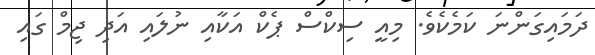
ދަމައިގަންނަ ކަމެކެވެ. މިއީ ސިކްސް ޕެކް އަކާއި ނުލައި އަދި ޖިމް ގައި